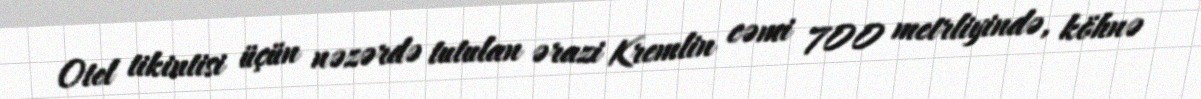
Otel tikintisi üçün nəzərdə tutulan ərazi Kremlin cəmi 700 metrliyində, köhnə